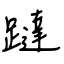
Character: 躂